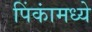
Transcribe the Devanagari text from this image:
पिंकांमध्ये